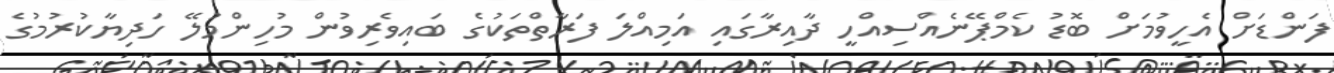
ފަންޑަށް އެހީވުމަށް ބޮޑު ކެމްޕޭނެއްސިއްހީ ދާއިރާގައި އަމިއްލަ ފަރާތްތަކުގެ ބައިވެރިވުން މުހިންމުލޭ ހަދިޔާކުރުމުގެ